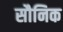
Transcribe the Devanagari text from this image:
सौनिक